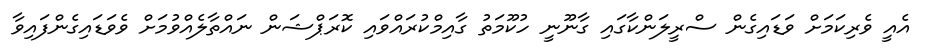
އެއީ ވެރިކަމަށް ވަޑައިގެން ސްރީލަންކާގައި ގާނޫނީ ހުކޫމަތު ގާއިމްކުރައްވައި ކޮރަޕްޝަން ނައްތާލެއްވުމަށް ވެވަޑައިގެންފައިވާ